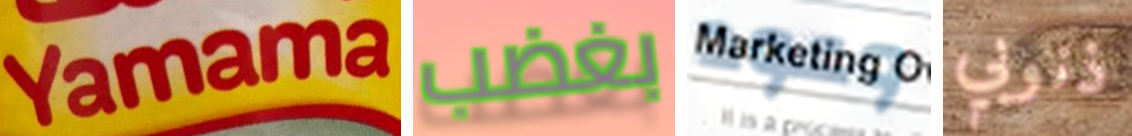
Yamama بغضب وعود ذنوبي